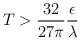
\begin{align*}T>\frac{32}{27\pi }\frac \epsilon \lambda\end{align*}